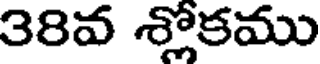
38వ శ్లోకము